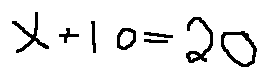
x + 1 0 = 2 0